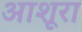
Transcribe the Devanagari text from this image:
आशूरा